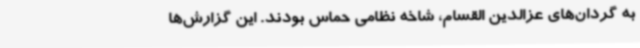
به گردان‌های عزالدین القسام، شاخه نظامی حماس بودند. این گزارش‌ها